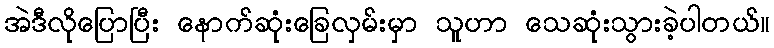
အဲဒီလိုပြောပြီး နောက်ဆုံးခြေလှမ်းမှာ သူဟာ သေဆုံးသွားခဲ့ပါတယ်။